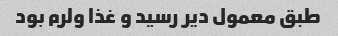
طبق معمول دیر رسید و غذا ولرم بود